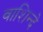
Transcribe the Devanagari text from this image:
वाशिन्दे